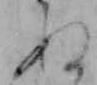
ぬ